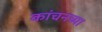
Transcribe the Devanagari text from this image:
कांचनच्या